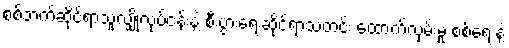
စစ်ဘက်ဆိုင်ရာသူလျှိုလုပ်ငန်းနဲ့ စီးပွားရေးဆိုင်ရာသတင်း ထောက်လှမ်းမှု စစ်ရေးနဲ့